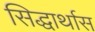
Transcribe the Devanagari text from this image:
सिद्धार्थास